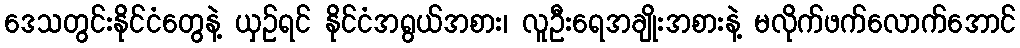
ဒေသတွင်းနိုင်ငံတွေနဲ့ ယှဉ်ရင် နိုင်ငံအရွယ်အစား၊ လူဦးရေအချိုးအစားနဲ့ မလိုက်ဖက်လောက်အောင်